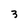
Character: 3